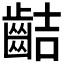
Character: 𪗾